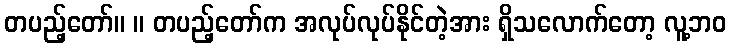
တပည့်တော်။ ။ တပည့်တော်က အလုပ်လုပ်နိုင်တဲ့အား ရှိသလောက်တော့ လူ့ဘဝ